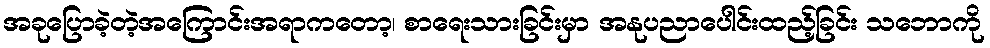
အခုပြောခဲ့တဲ့အကြောင်းအရာကတော့၊ စာရေးသားခြင်းမှာ အနုပညာပေါင်းထည့်ခြင်း သဘောကို